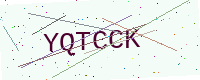
Text: YQTCCK